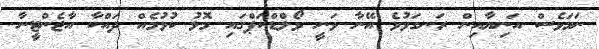
ނަމަވެސް އަނިޔާއިން ރަނގަޅުވެ އޭނާ ވަނީ ވޯލްޑްކަޕްގައި މޮޅު ކުޅުމެއް ދައްކާ އާޖެންޓީނާ